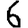
Digit: 6